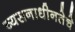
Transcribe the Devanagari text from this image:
व्यसनाधीनतेचे